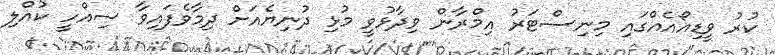
ކުރު ވީޑިއޯއެއްގައި މިނިސްޓަރު އިމްރާން ވިދާޅުވީ މުޅި ދުނިޔެއަށް ދިމާވެފައިވާ ސިއްހީ ކުއްލި